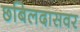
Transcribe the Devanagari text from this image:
छबिलदासवर